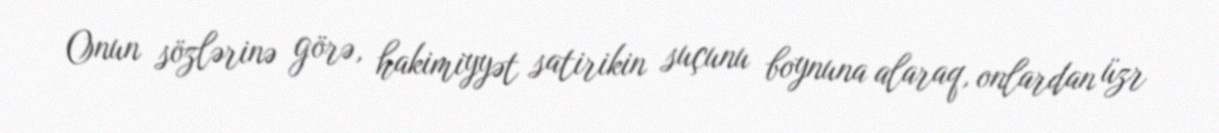
Onun sözlərinə görə, hakimiyyət satirikin suçunu boynuna alaraq, onlardan üzr